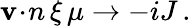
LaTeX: {\mathbf{v}\! \cdot\! n}\, \xi\, \mu\to-iJ\, .